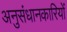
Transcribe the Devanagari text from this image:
अनुसंधानकारियों